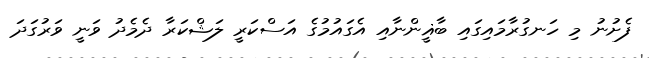
ފެށުނު މި ހަނގުރާމައިގައި ބާޣީންނާއި އެގައުމުގެ އަސްކަރީ ލަޝްކަރާ ދެމެދު ވަނީ ވަރުގަދަ